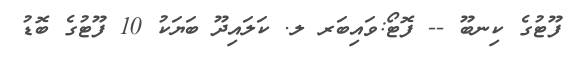
ފޫޓުގެ ކިނބޫ -- ފޮޓޯ:ވައިބަރ ލ. ކަލައިދޫ ބަޔަކު 10 ފޫޓުގެ ބޮޑު